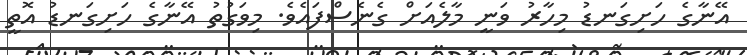
އޭނާގެ ހަށިގަނޑު މިހާރު ވަނީ މާލެއަށް ގެނެސްފައެވެ. މިވަގުތު އޭނާގެ ހަށިގަނޑު އޮތީ